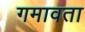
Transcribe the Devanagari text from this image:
गमावता